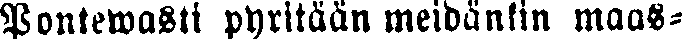
Pontewasti pyritään meidänkin maas-